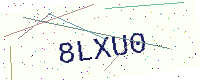
Text: 8LXU0